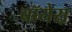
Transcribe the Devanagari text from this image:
चॉयेस़